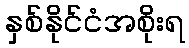
နှစ်နိုင်ငံအစိုးရ